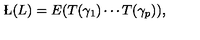
\L ( L ) = E ( T ( \gamma _ { 1 } ) \cdots T ( \gamma _ { p } ) ) ,